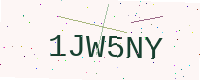
Text: 1JW5NY